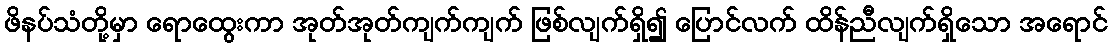
ဖိနပ်သံတို့မှာ ရောထွေးကာ အုတ်အုတ်ကျက်ကျက် ဖြစ်လျက်ရှိ၍ ပြောင်လက် ထိန်ညီလျက်ရှိသော အရောင်